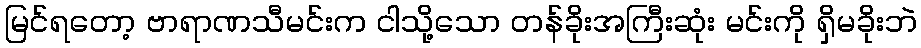
မြင်ရတော့ ဗာရာဏသီမင်းက ငါသို့သော တန်ခိုးအကြီးဆုံး မင်းကို ရှိမခိုးဘဲ